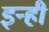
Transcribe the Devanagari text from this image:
इन्‍ही